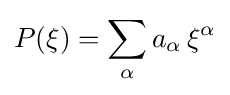
P(\xi )=\sum _{\alpha }a_{\alpha }\,\xi ^{\alpha }